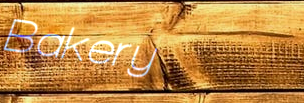
Bakery